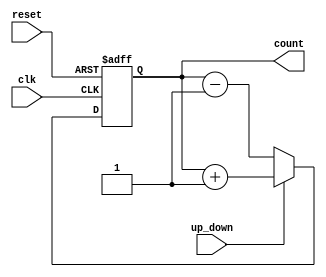
module async_counter (
    input wire clk,             // Clock input
    input wire reset,           // Asynchronous reset
    input wire up_down,         // Count direction control (1 for up, 0 for down)
    output reg [3:0] count      // 4-bit count output
);

// Asynchronous reset and functionality
always @(posedge clk or posedge reset) begin
    if (reset) begin
        count <= 4'b0000;      // Reset counter to 0000
    end else begin
        if (up_down) begin
            // Count Up
            count <= count + 1;
        end else begin
            // Count Down
            count <= count - 1; 
        end
    end
end

endmodule